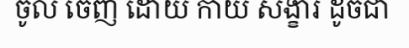
ចូល ចេញ ដោយ កាយ សង្ខារ ដូចជា